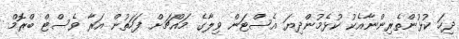
ދިހަ ކުޅުންތެރިންނާއެކު ކުޅެމުންދިޔަ އެސްޓަން ވިލާގެ މައްޗަށް ފަހަތުން އަރާ ވެސްޓް ބްރޮމް